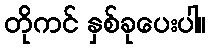
တိုကင် နှစ်ခုပေးပါ။